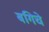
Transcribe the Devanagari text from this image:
बगिचे